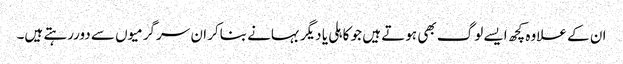
ان کے علاوہ کچھ ایسے لوگ بھی ہوتے ہیں جو کاہلی یا دیگر بہانے بناکر ان سرگرمیوں سے دوررہتے ہیں۔